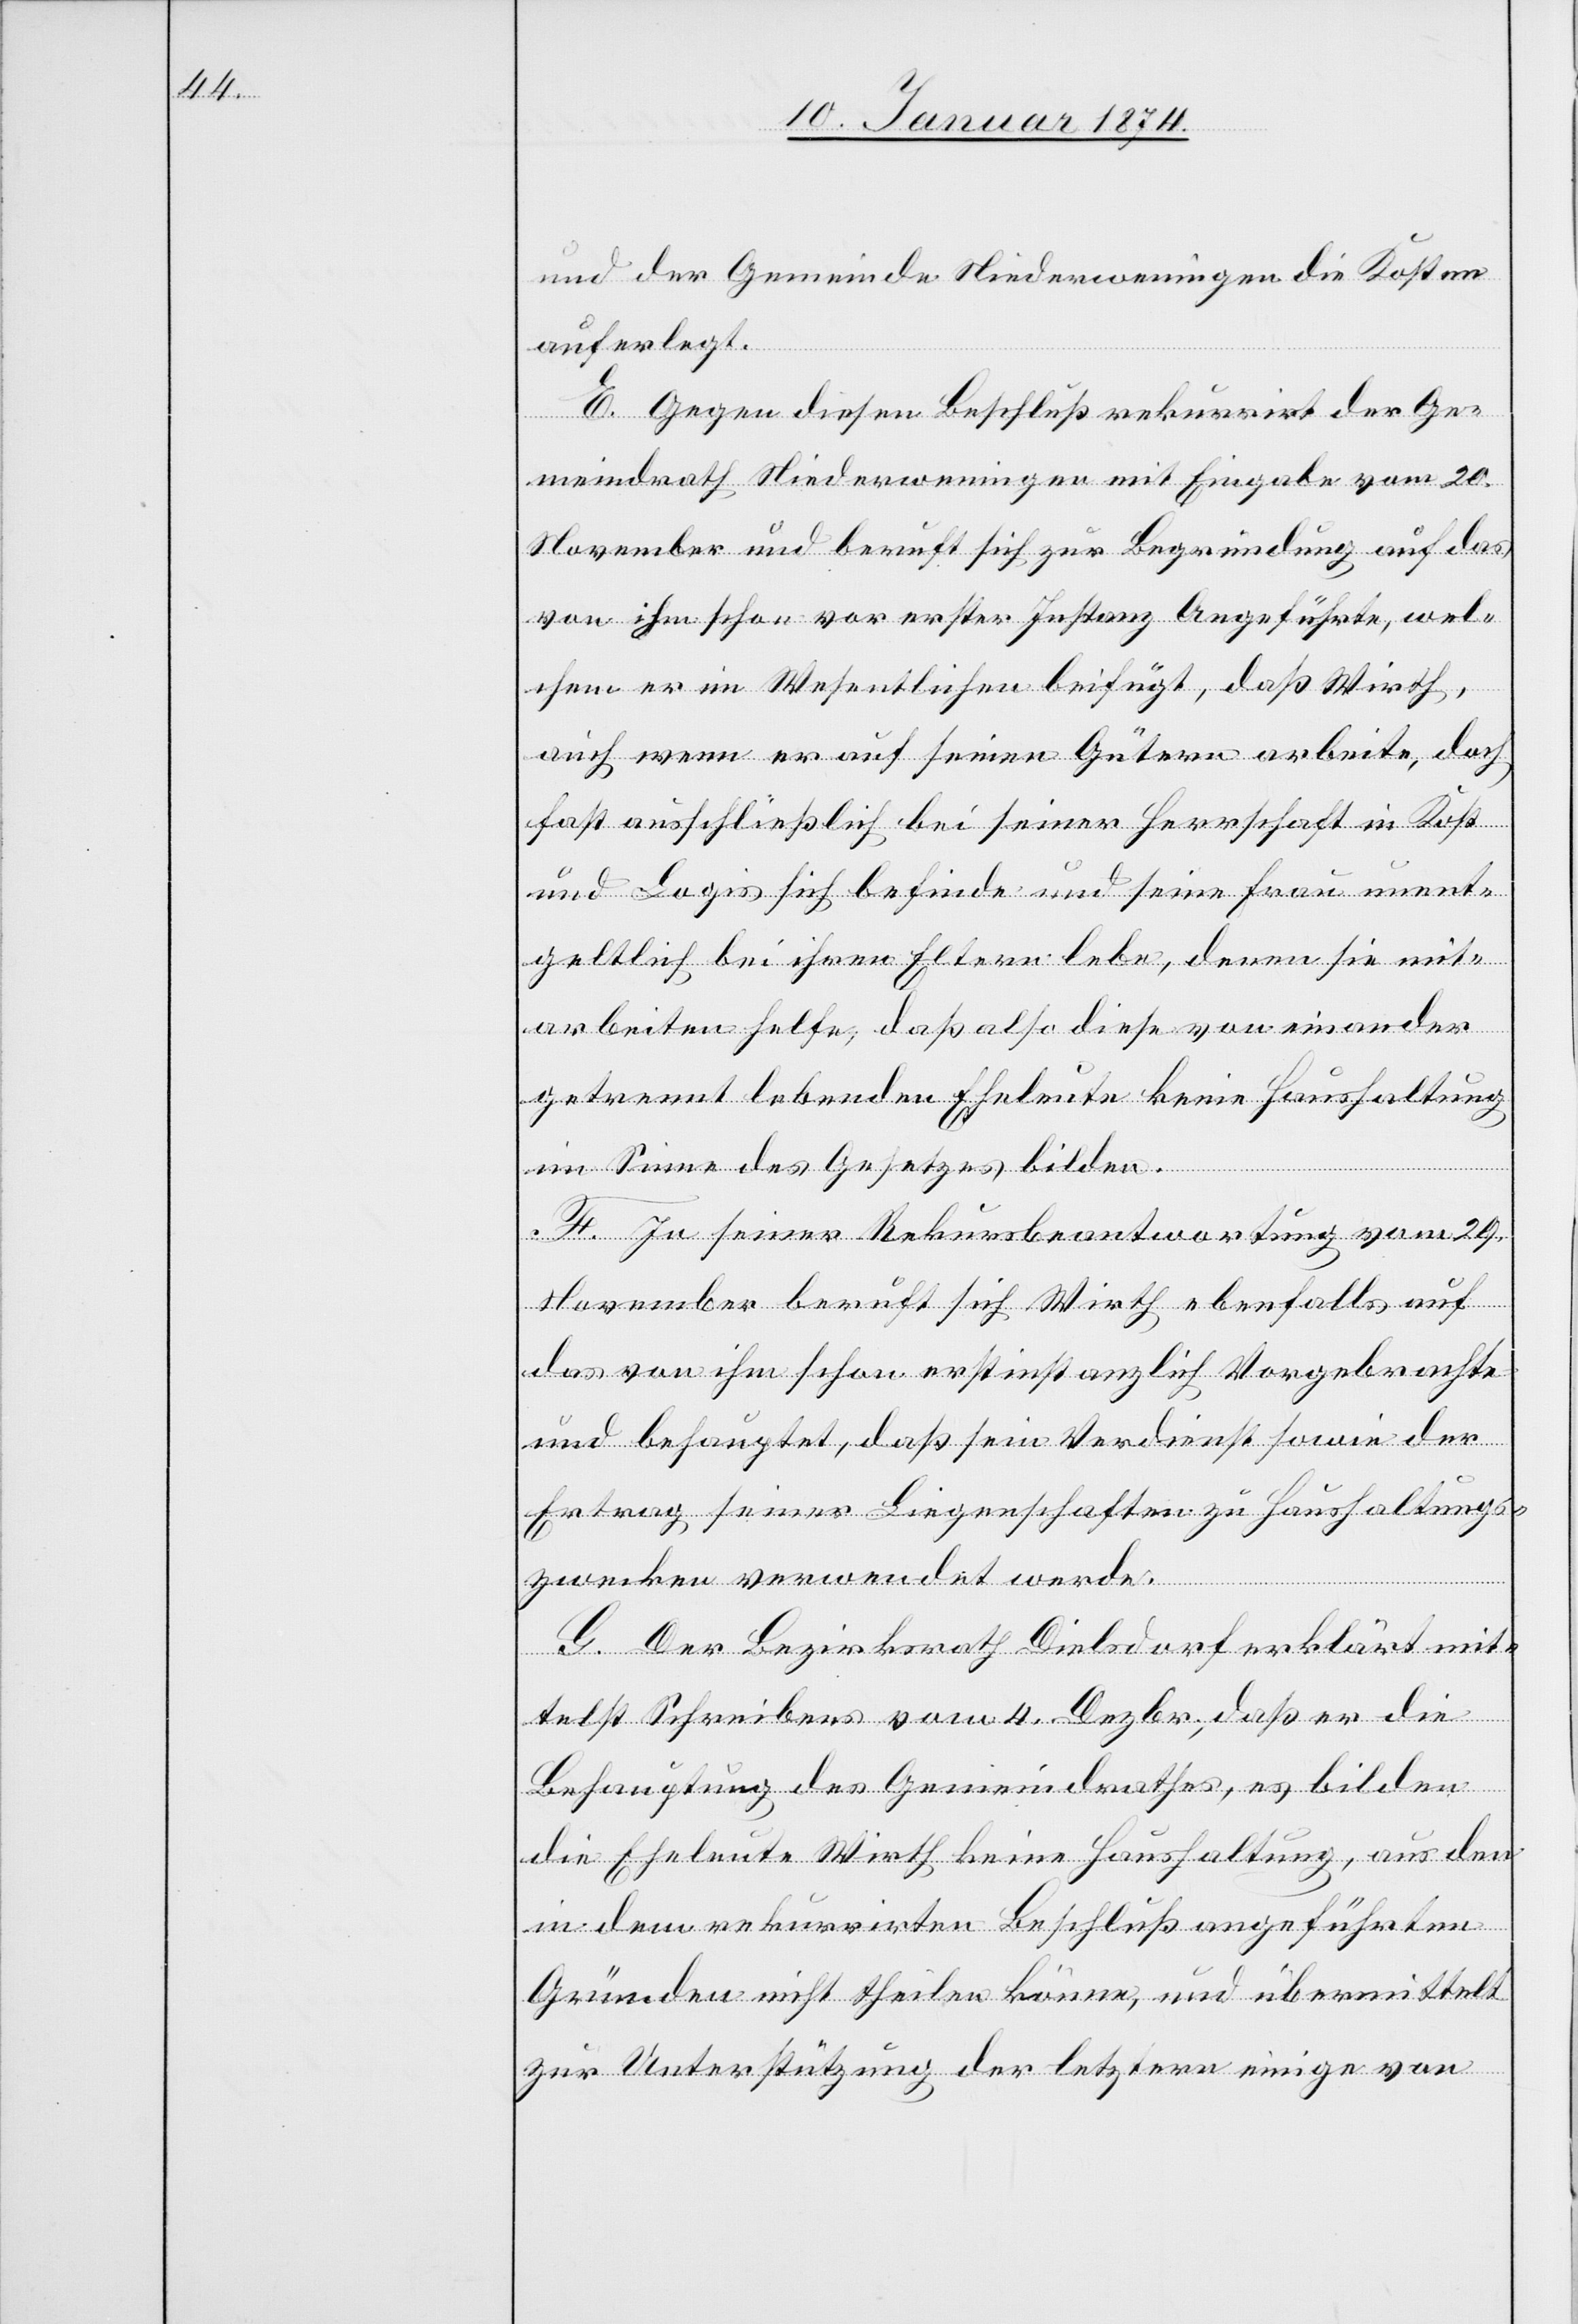
und der Gemeinde Niederwenningen die Kosten
auferlegt.
E. Gegen diesen Beschluß rekurrirt der Ge¬
meindrath Niederwenningen mit Eingabe vom 20.
November und beruft sich zur Begründung auf das
von ihm schon vor erster Instanz Angeführte, wel¬
chem er im Wesentlichen beifügt, daß Wirth,
auch wenn er auf seinen Gütern arbeite, doch
fast ausschließlich bei seiner Herrschaft in Kost
und Logis sich befinde und seine Frau unent¬
geltlich bei ihren Eltern lebe, denen sie mit
arbeiten helfe, daß also diese von einander
getrennt lebenden Eheleute keine Haushaltung
im Sinne des Gesetzes bilden.
F. In seiner Rekursbeantwortung vom 24.
November beruft sich Wirth ebenfalls auf
das von ihm schon erstinstanzlich Vorgebrachte
und behauptet, daß sein Verdienst sowie der
Ertrag seiner Liegenschaften zu Haushaltungs¬
zwecken verwendet werde.
G. Der Bezirksrath Dielsdorf erklärt mit¬
telst Schreibens vom 4. Dezbr., daß er die
Behauptung des Gemeindrathes, es bilden
die Eheleute Wirth keine Haushaltung, aus den
in dem rekurrirten Beschluß angeführten
Gründen nicht theilen könne, und übermittelt
zur Unterstützung der letztern einige von